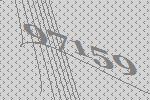
97159